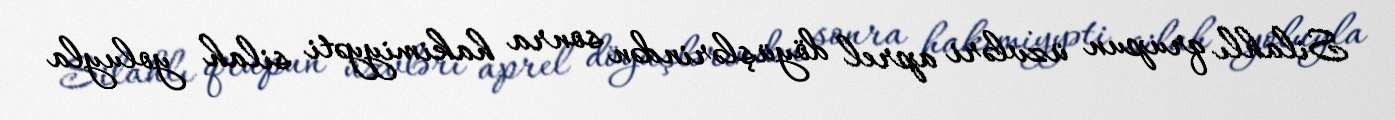
Silahlı qrupun üzvləri aprel döyüşlərindən sonra hakimiyyəti silah yoluyla